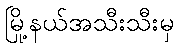
မြို့နယ်အသီးသီးမှ